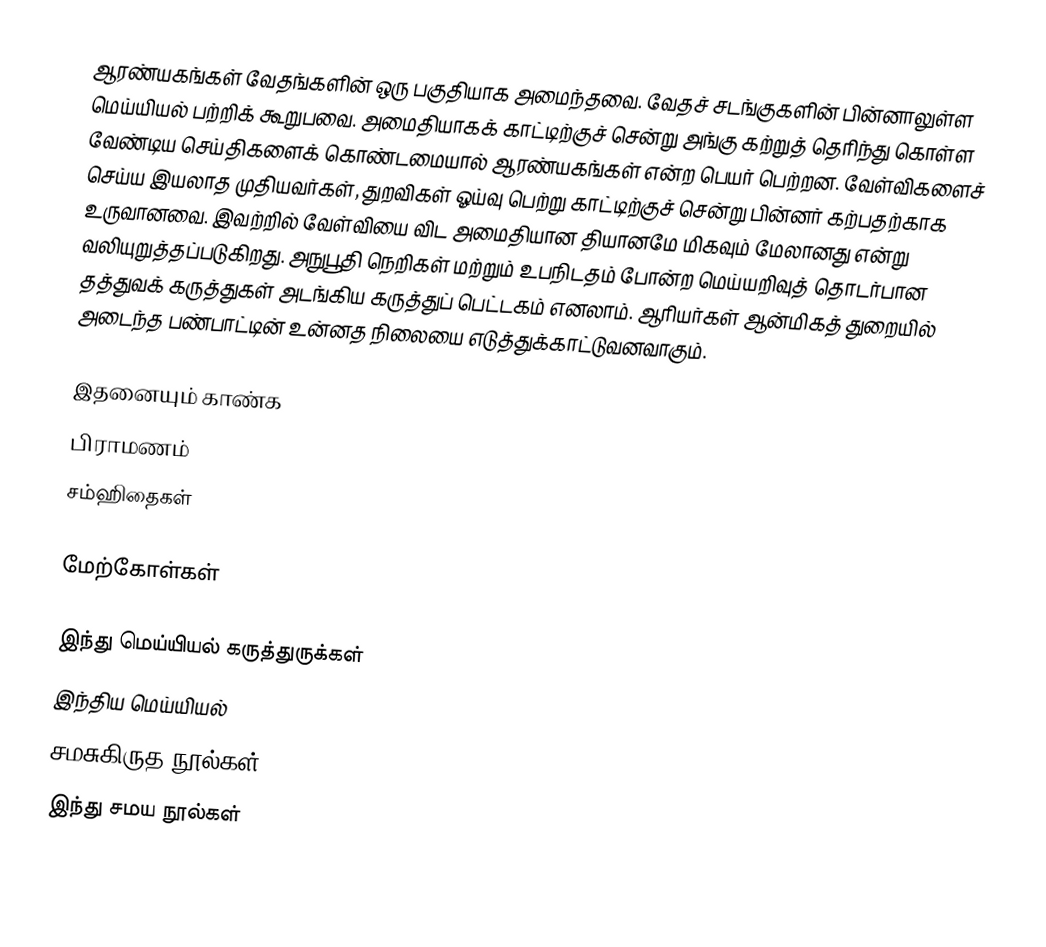
ஆரண்யகங்கள் வேதங்களின் ஒரு பகுதியாக அமைந்தவை. வேதச் சடங்குகளின் பின்னாலுள்ள மெய்யியல் பற்றிக் கூறுபவை. அமைதியாகக் காட்டிற்குச் சென்று அங்கு கற்றுத் தெரிந்து கொள்ள வேண்டிய செய்திகளைக் கொண்டமையால் ஆரண்யகங்கள் என்ற பெயர் பெற்றன. வேள்விகளைச் செய்ய இயலாத முதியவர்கள், துறவிகள் ஓய்வு பெற்று காட்டிற்குச் சென்று பின்னர் கற்பதற்காக உருவானவை. இவற்றில் வேள்வியை விட அமைதியான தியானமே மிகவும் மேலானது என்று வலியுறுத்தப்படுகிறது. அநுபூதி நெறிகள் மற்றும் உபநிடதம் போன்ற மெய்யறிவுத் தொடர்பான தத்துவக் கருத்துகள் அடங்கிய கருத்துப் பெட்டகம் எனலாம். ஆரியர்கள் ஆன்மிகத் துறையில் அடைந்த பண்பாட்டின் உன்னத நிலையை எடுத்துக்காட்டுவனவாகும்.

இதனையும் காண்க
 பிராமணம்
 சம்ஹிதைகள்

மேற்கோள்கள்

இந்து மெய்யியல் கருத்துருக்கள்
இந்திய மெய்யியல்
சமசுகிருத நூல்கள்
இந்து சமய நூல்கள்